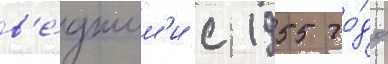
в'е́дшим'и с 1955 го́да